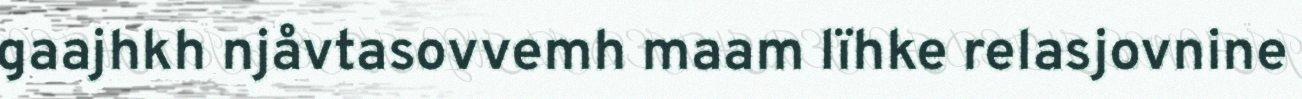
gaajhkh njåvtasovvemh maam lïhke relasjovnine